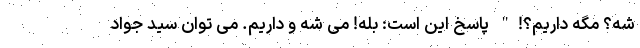
شه؟ مگه داریم؟!" پاسخ این است: بله! می شه و داریم. می توان سید جواد